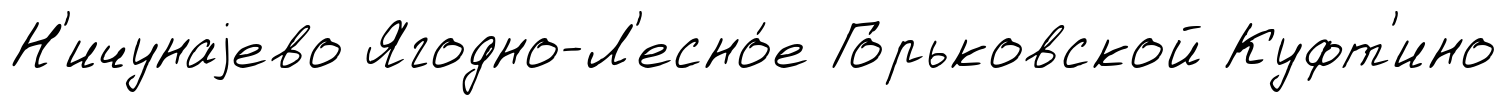
Н'ичунаjево Ягодно-Л'есно́е Го́рьковской Куфт'ино